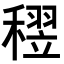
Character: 𥡪